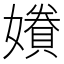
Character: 𫲂